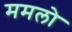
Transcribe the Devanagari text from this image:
ममलो